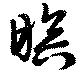
暝